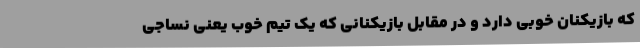
که بازیکنان خوبی دارد و در مقابل بازیکنانی که یک تیم خوب یعنی نساجی